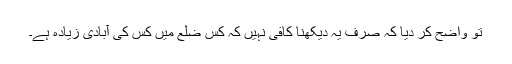
تو واضح کر دیا کہ صرف یہ دیکھنا کافی نہیں کہ کس ضلع میں کس کی آبادی زیادہ ہے۔